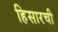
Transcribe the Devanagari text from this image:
हिसारची